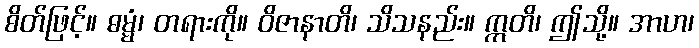
စိတ်ဖြင့်။ ဓမ္မံ၊ တရားကို။ ဝိဇာနာတိ၊ သိသနည်း။ ဣတိ၊ ဤသို့။ အာဟ၊